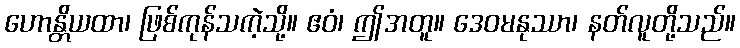
ဟောန္တိယထာ၊ ဖြစ်ကုန်သကဲ့သို့။ ဧဝံ၊ ဤအတူ။ ဒေဝမနုဿာ၊ နတ်လူတို့သည်။